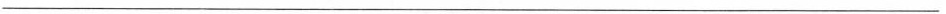
___